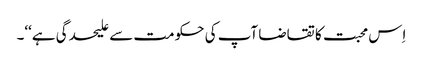
اِس محبت کا تقاضا آپ کی حکومت سے علیحدگی ہے‘‘۔